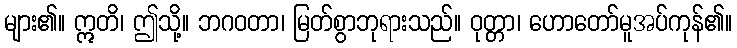
များ၏။ ဣတိ၊ ဤသို့။ ဘဂဝတာ၊ မြတ်စွာဘုရားသည်။ ဝုတ္တာ၊ ဟောတော်မူအပ်ကုန်၏။